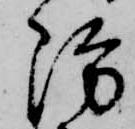
防